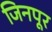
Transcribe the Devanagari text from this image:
जिनपूर